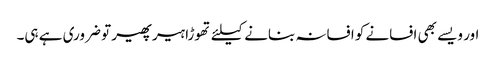
اور ویسے بھی افسانے کو افسانہ بنانے کیلئے تھوڑا ہیر پھیر تو ضروری ہے ہی۔